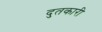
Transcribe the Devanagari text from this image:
दुतकारी